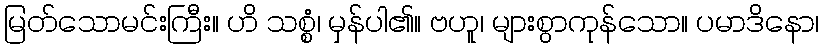
မြတ်သောမင်းကြီး။ ဟိ သစ္စံ၊ မှန်ပါ၏။ ဗဟူ၊ များစွာကုန်သော။ ပမာဒိနော၊